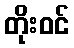
တိုးဝင်